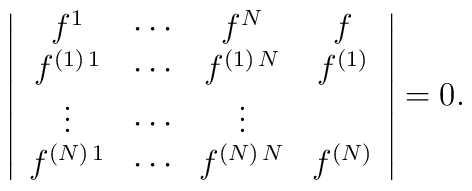
\left | \begin{array}{cccc}f^{1}  & \cdots  & f^{N} & f  \\f^{(1)\, 1}  & \cdots  & f^{(1)\, N} & f^{(1)} \\\vdots     & \cdots         & \vdots  \\f^{(N)\, 1}  & \cdots  & f^{(N)\, N} & f^{(N)} \\\end{array}\right | =0.